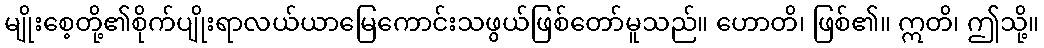
မျိုးစေ့တို့၏စိုက်ပျိုးရာလယ်ယာမြေကောင်းသဖွယ်ဖြစ်တော်မူသည်။ ဟောတိ၊ ဖြစ်၏။ ဣတိ၊ ဤသို့။